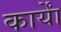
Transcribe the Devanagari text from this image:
कार्याें